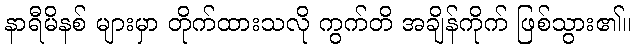
နာရီမိနစ် များမှာ တိုက်ထားသလို ကွက်တိ အချိန်ကိုက် ဖြစ်သွား၏။